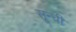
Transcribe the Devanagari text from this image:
सून्ची